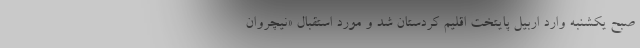
صبح یکشنبه وارد اربیل پایتخت اقلیم کردستان شد و مورد استقبال «نیچروان